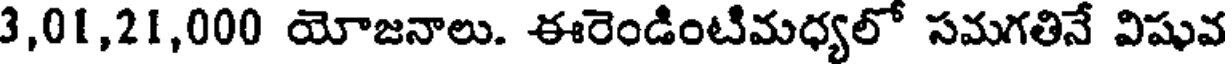
3,01,21,000 యోజనాలు. ఈరెండింటిమధ్యలో సమగతినే విషువ